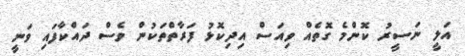
އަލީ ނަސީރު ކޮންމެ ގޮތެއް ވިއަސް އިދިކޮޅު ފަރާތްތަކުން ވެސް ދައްކާފައި ވަނީ